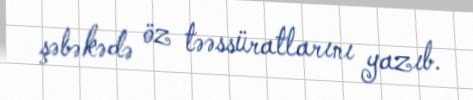
şəbəkədə öz təəssüratlarını yazıb.